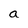
Character: a